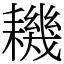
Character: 耭